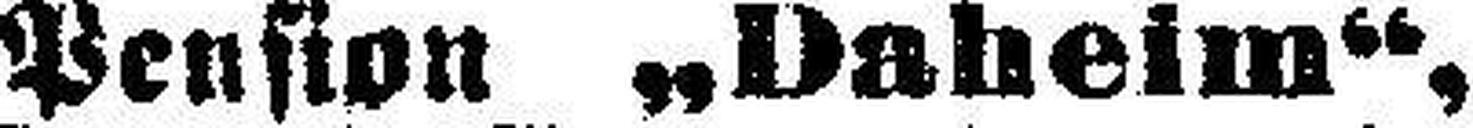
Pension „Daheim“,